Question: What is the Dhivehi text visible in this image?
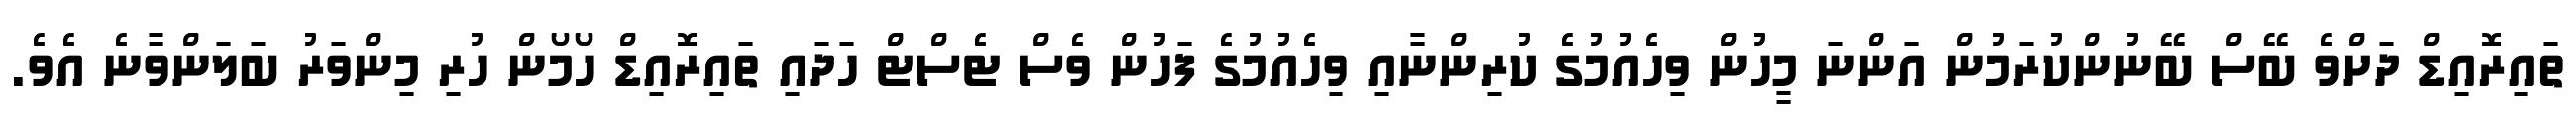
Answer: ތައިރޮއިޑް ދަށްވެ ބޭސް ބޭނުންކުރަމުން އަންނަ މީހުން ވިހެއުމުގެ ކުރިންނާއި ވިހެއުމުގެ ފަހުން ވެސް ޓެސްޓް ހަދައި ތައިރޮއިޑް ހޯމޯން ހުރި މިންވަރު ބަލަންވާނެ އެވެ.